Mental hospitals Bombay report 1929-33 - 1929-1933
Year: 1929
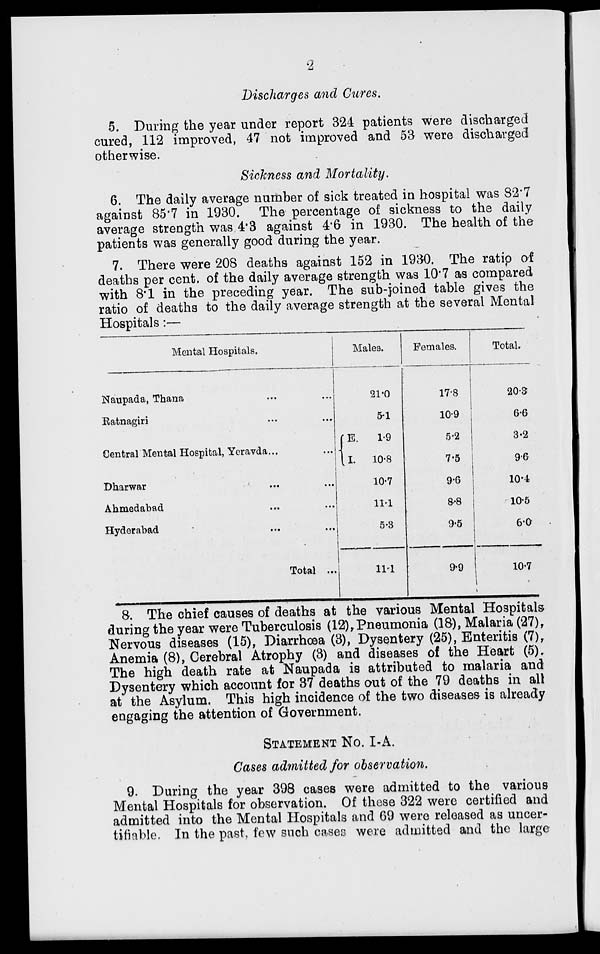
2
Discharges and Cures.
5. During the year under report 324 patients were discharged
cured, 112 improved, 47 not improved and 53 were discharged
otherwise.
Sickness and Mortality.
6. The daily average number of sick treated in hospital was 82.7
against 85.7 in 1930. The percentage of sickness to the daily
average strength was 4.3 against 4.6 in 1930. The health of the
patients was generally good during the year.
7. There were 208 deaths against 152 in 1930. The ratip of
deaths per cent. of the daily average strength was 10.7 as compared
with 8.1 in the preceding year. The sub-joined table gives the
ratio of deaths to the daily average strength at the several Mental
Hospitals :—
Mental Hospitals.
Naupada, Thana ... ...
Ratnagiri ... ...
Central Mental Hospital, Yeravda.
...
Dharwar ... ...
Ahmedabad ... ...
Hyderabad ... ...
Total ...
Males.
21.0
5.1
E.
I.
1.9
10.8
10.7
11.1
5.3
11.1
Females.
17.8
10.9
5.2
7.5
9.6
8.8
9.5
9.9
Total.
20.3
6.6
3.2
9.6
10.4
10.5
6.0
10.7
8. The chief causes of deaths at the various Mental Hospitals
during the year were Tuberculosis (12),Pneumonia (18), Malaria (27),
Nervous diseases (15), Diarrhoea (3), Dysentery (25), Enteritis (7),
Anemia (8), Cerebral Atrophy (3) and diseases of the Heart (5).
The high death rate at Naupada is attributed to malaria and
Dysentery which account for 37 deaths out of the 79 deaths in all
at the Asylum. This high incidence of the two diseases is already
engaging the attention of Government.
STATEMENT No. I-A.
Cases admitted for observation.
9. During the year 398 cases were admitted to the various
Mental Hospitals for observation. Of these 322 were certified and
admitted into the Mental Hospitals and 69 were released as uncer-
tifiable. In the past, few such cases were admitted and the large